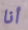
أنا